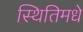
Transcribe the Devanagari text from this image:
स्थितिमधे